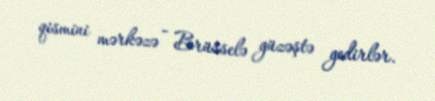
qismini mərkəzə - Brüsselə güzəştə gedirlər.